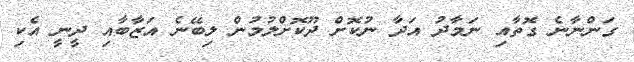
ގަންނާނެ ގޮތާއި ނަމާދު އަދާ ނުކޮށް ދޫކޮށްލުމުން ލިބޭނެ އަޒާބާއި ދީނީ އެކި